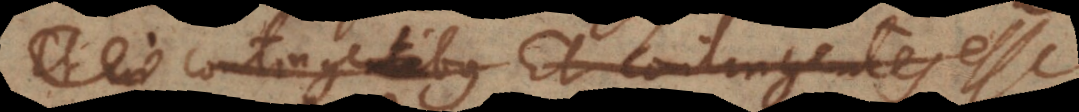
Et in contingentibus Et contingentes esse